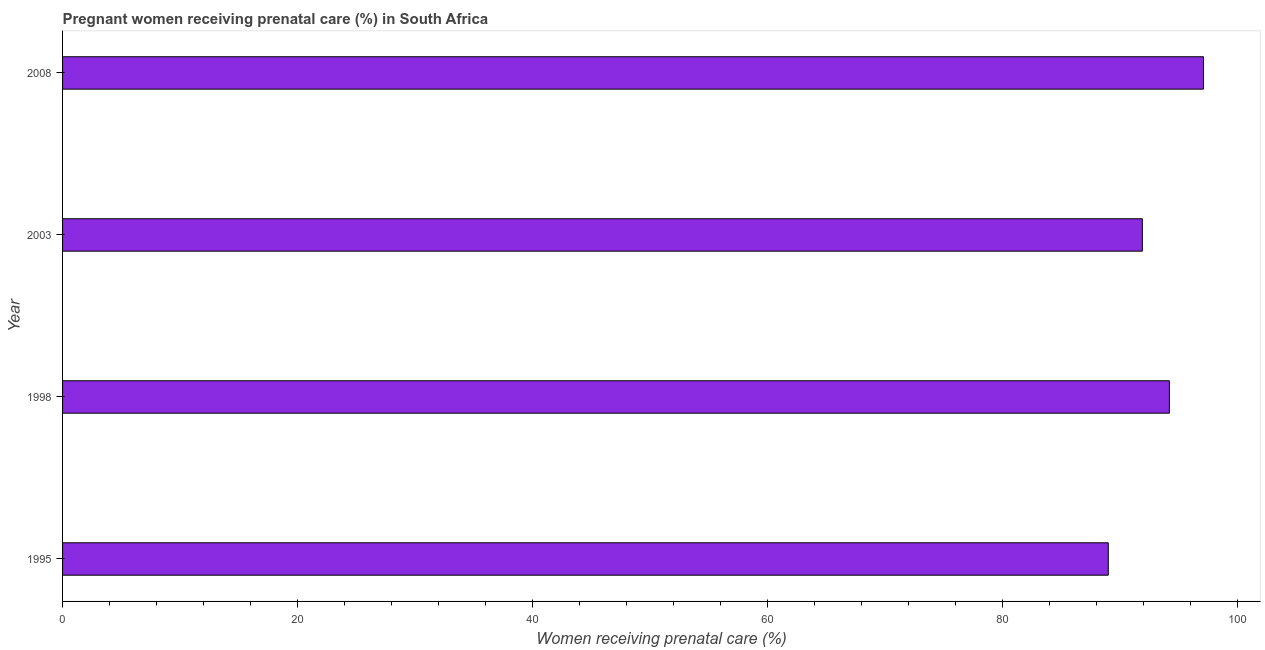
| Year | Pregnant women receiving prenatal care |
 | --- | --- |
 | 1995 | 89 |
 | 1998 | 94.2 |
 | 2003 | 91.9 |
 | 2008 | 97.1 |